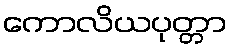
ကောလိယပုတ္တာ